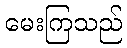
မေးကြသည်